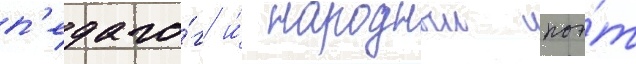
п'едаго́г и́ народныи поэ́т